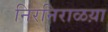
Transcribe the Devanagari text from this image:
निरनिराळय़ा